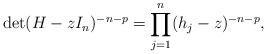
\begin{align*} \det(H-zI_n)^{-n-p} = \prod_{j=1}^n (h_j - z)^{-n-p},\end{align*}